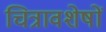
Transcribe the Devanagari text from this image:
चित्रावशेषों